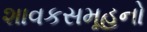
શાવકસમૂહનો